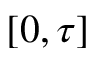
[ 0 , \tau ]